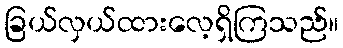
ခြယ်လှယ်ထားလေ့ရှိကြသည်။